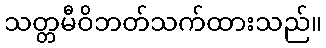
သတ္တမီဝိဘတ်သက်ထားသည်။